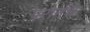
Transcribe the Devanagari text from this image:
परार्मश